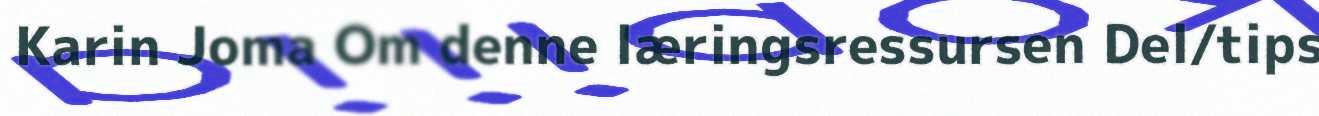
Karin Joma Om denne læringsressursen Del/tips